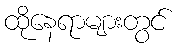
ထိုနေရာများတွင်